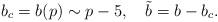
LaTeX: \begin{align*}b_c=b(p)\sim p-5, \quad\tilde{b}=b-b_c.\end{align*}